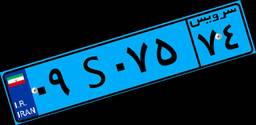
۰۹S۰۷۵۷۴